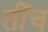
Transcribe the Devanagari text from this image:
तींच